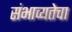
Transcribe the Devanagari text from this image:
संभाव्यतेचा